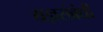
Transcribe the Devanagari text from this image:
यज्ञसंबंधी